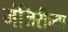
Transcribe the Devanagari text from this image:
मंजिरीच्या